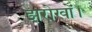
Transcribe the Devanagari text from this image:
झरोखों।